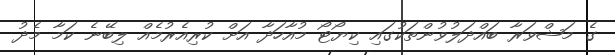
ގެ މަޝްވަރާ ބައްދަލުވުންތަކުގައި ކިޔޯޓޯ މުއާހަދާ އަށް ކުރިއެރުމެއް ލިބޭނެ ކަމާ މެދު